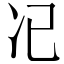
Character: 𠖰